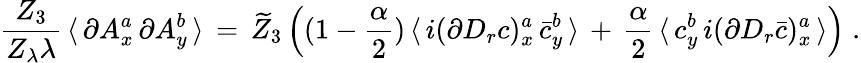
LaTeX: \frac{Z_{3}}{Z_{\lambda}\lambda}\, \langle\, \partial A_{x}^{a}\, \partial A_{y}^{b}\, \rangle\, =\, \widetilde Z_{3}\, \Big((1-\frac\alpha 2)\, \langle\, i(\partial D_{r}c)_{x}^{a}\, \bar{c}_{y}^{b}\, \rangle\, +\, \frac\alpha 2\, \langle\, c_{y}^{b}\, i(\partial D_{r}\bar{c})_{x}^{a}\, \rangle\Big)\; .